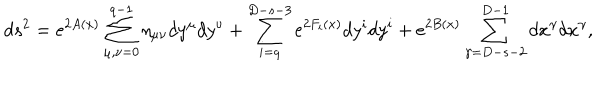
LaTeX: d s ^ { 2 } = e ^ { 2 A ( x ) } \sum _ { \mu , \nu = 0 } ^ { q - 1 } \eta _ { \mu \nu } d y ^ { \mu } d y ^ { \nu } + \sum _ { i = q } ^ { D - s - 3 } e ^ { 2 F _ { i } ( x ) } d y ^ { i } d y ^ { i } + e ^ { 2 B ( x ) } \sum _ { \gamma = D - s - 2 } ^ { D - 1 } d x ^ { \gamma } d x ^ { \gamma } ,